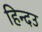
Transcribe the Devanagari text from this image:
हिन्दउ